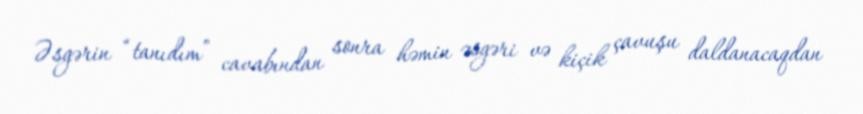
Əsgərin “tanıdım” cavabından sonra həmin əsgəri və kiçik çavuşu daldanacaqdan